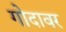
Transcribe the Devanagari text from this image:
गोदावर